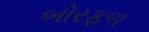
બોરફળ